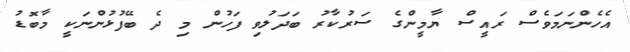
އެހެންނަމަވެސް ރައީސް ޔާމީންގެ ސަރުކާރު ބަދަލުވި ފަހުން މި ދެ ބޭފުޅުންނަކީ މާބޮޑު